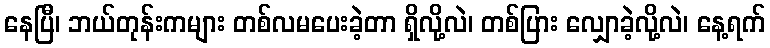
နေပြီ၊ ဘယ်တုန်းကများ တစ်လမပေးခဲ့တာ ရှိလို့လဲ၊ တစ်ပြား လျှောခဲ့လို့လဲ၊ နေ့ရက်